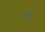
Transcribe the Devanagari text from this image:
अचर्म